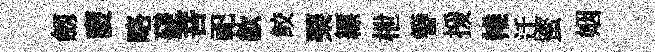
劔褏略磋菩祀歙鲛琹縹枻簪援帷迁蜜姻